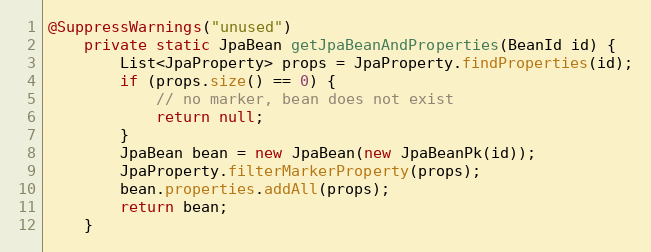
Language: Java
@SuppressWarnings("unused")
    private static JpaBean getJpaBeanAndProperties(BeanId id) {
        List<JpaProperty> props = JpaProperty.findProperties(id);
        if (props.size() == 0) {
            // no marker, bean does not exist
            return null;
        }
        JpaBean bean = new JpaBean(new JpaBeanPk(id));
        JpaProperty.filterMarkerProperty(props);
        bean.properties.addAll(props);
        return bean;
    }